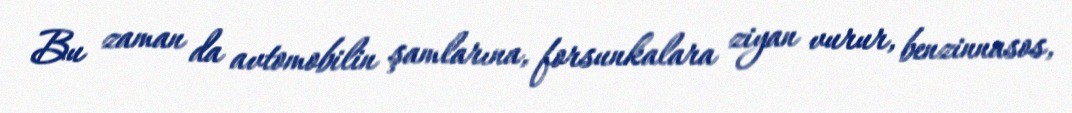
Bu zaman da avtomobilin şamlarına, forsunkalara ziyan vurur, benzinnasos,